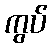
ကွပ်